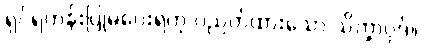
ရှင်ရဟန်းပြုမပေးရဟု ပညတ်ထားသော သိက္ခာပုဒ်။